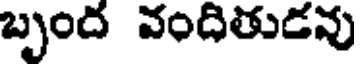
బృంద వందితుడవు